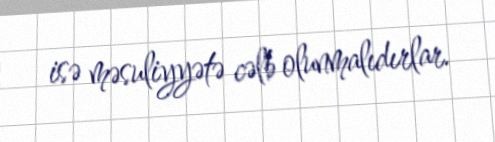
isə məsuliyyətə cəlb olunmalıdırlar.